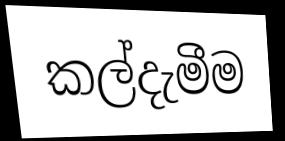
කල්දැමීම